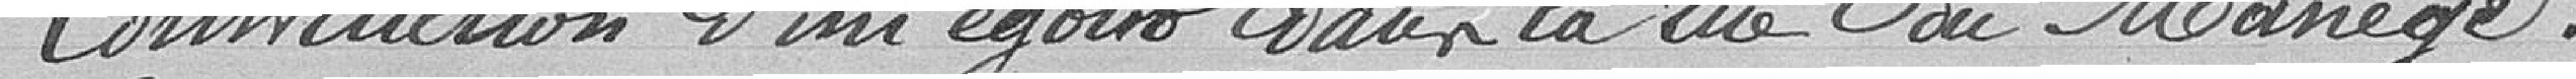
Construction d'un égout dans la rue du Manège